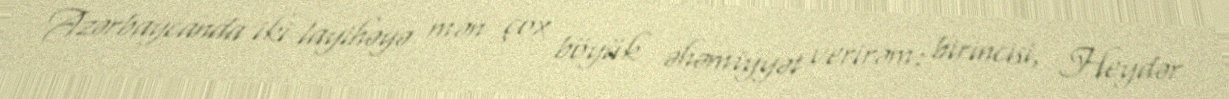
Azərbaycanda iki layihəyə mən çox böyük əhəmiyyət verirəm: birincisi, Heydər